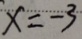
x = - 3